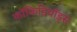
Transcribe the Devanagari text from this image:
कॉकिडियॉड्स